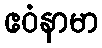
ဧဝံနာမာ